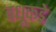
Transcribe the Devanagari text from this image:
वधूकडे